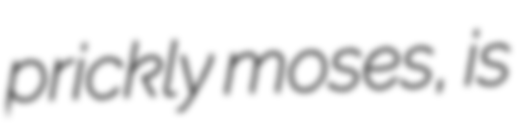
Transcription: prickly moses, is